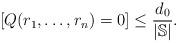
LaTeX: \begin{align*}[Q(r_1,\dots,r_n)=0]\leq\frac{d_0}{|\mathbb{S}|}.\end{align*}